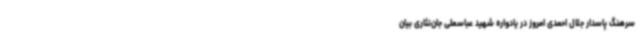
سرهنگ پاسدار جلال احمدی امروز در یادواره شهید عباسعلی جان‌نثاری بیان